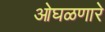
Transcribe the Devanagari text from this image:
ओघळणारे